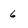
Character: 6